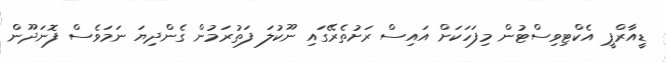
ޑީއާރްޕީ އެކްޓިވިސްޓުން މިފަހަކަށް އައިސް ރަށުތެރޭގައި ނޫކުލަ ފަތުރަމުން ގެންދިޔަ ނަމަވެސް ފޮނަދޫން